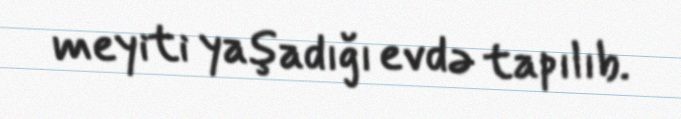
meyiti yaşadığı evdə tapılıb.